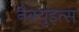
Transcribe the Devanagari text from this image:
नैक्युइत्स